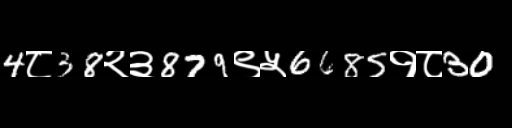
Text: 4८38२३879९५6685१८30